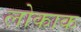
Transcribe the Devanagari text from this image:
लोकाक